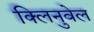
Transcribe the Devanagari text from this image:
क्लिनुवेल